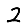
Digit: 2